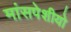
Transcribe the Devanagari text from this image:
मांसपेशीयो